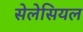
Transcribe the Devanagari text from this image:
सेलेसियल